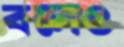
বলেও